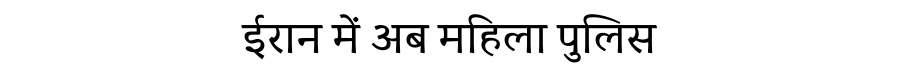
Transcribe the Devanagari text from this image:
ईरान में अब महिला पुलिस